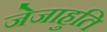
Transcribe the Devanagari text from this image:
जेजाहुति